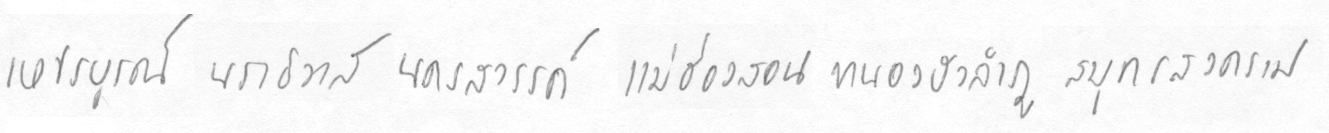
เพชรบรูณ์นราธิวาสนครสววรรค์แม่ฮ่องสอนหนองบัวลำภูสมุทรสงคราม